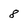
Character: 8